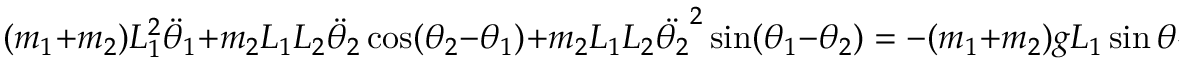
( m _ { 1 } + m _ { 2 } ) L _ { 1 } ^ { 2 } { \ddot { \theta } } _ { 1 } + m _ { 2 } L _ { 1 } L _ { 2 } { \ddot { \theta } } _ { 2 } \cos ( \theta _ { 2 } - \theta _ { 1 } ) + m _ { 2 } L _ { 1 } L _ { 2 } { \ddot { \theta _ { 2 } } } ^ { 2 } \sin ( \theta _ { 1 } - \theta _ { 2 } ) = - ( m _ { 1 } + m _ { 2 } ) g L _ { 1 } \sin \theta _ { 1 } ,